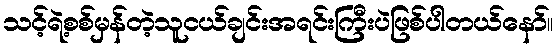
သင့်ရဲ့စစ်မှန်တဲ့သူငယ်ချင်းအရင်းကြီးပဲဖြစ်ပါတယ်နော်။